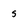
Character: s